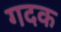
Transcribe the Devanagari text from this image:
गदक